Insane asylums in Bengal annual reports 1867-1875 - 1867-1875
Year: 1867
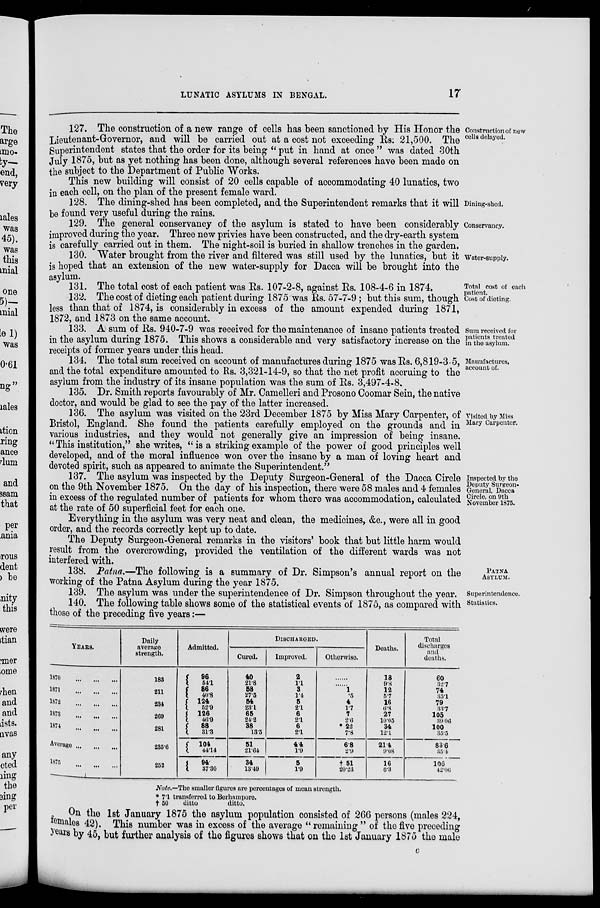
LUNATIC ASYLUMS IN BENGAL.
17
Construction of new
cells delayed.
127. The construction of a new range of cells has been sanctioned by His Honor the
Lieutenant-Governor, and will be carried out at a cost not exceeding Rs. 21,500. The
Superintendent states that the order for its being " put in hand at once " was dated 30th
July 1875, but as yet nothing has been done, although several references have been made on
the subject to the Department of Public Works.
This new building will consist of 20 cells capable of accommodating 40 lunatics, two
in each cell, on the plan of the present female ward.
Dining-shed.
128. The dining-shed has been completed, and the Superintendent remarks that it will
be found very useful during the rains.
Conservancy.
129. The general conservancy of the asylum is stated to have been considerably
improved during the year. Three new privies have been constructed, and the dry-earth system
is carefully carried out in them. The night-soil is buried in shallow trenches in the garden.
Water-supply.
130. Water brought from the river and filtered was still used by the lunatics, but it
is hoped that an extension of the new water-supply for Dacca will be brought into the
asylum.
Total cost of each
patient.
131. The total cost of each patient was Rs. 107-2-8, against Rs. 108-4-6 in 1874.
Cost of dieting.
132. The cost of dieting each patient during 1875 was Rs. 57-7-9; but this sum, though
less than that of 1874, is considerably in excess of the amount expended during 1871,
1872, and 1873 on the same account.
Sum received for
patients treated
in the asylum.
133. A sum of Rs. 940-7-9 was received for the maintenance of insane patients treated
in the asylum during 1875. This shows a considerable and very satisfactory increase on the
receipts of former years under this head.
Manufactures,
account of.
134. The total sum received on account of manufactures during 1875 was Rs. 6,819-3-5,
and the total expenditure amounted to Rs. 3,321-14-9, so that the net profit accruing to the
asylum from the industry of its insane population was the sum of Rs. 3,497-4-8.
135. Dr. Smith reports favourably of Mr. Camelleri and Prosono Coomar Sein, the native
doctor, and would be glad to see the pay of the latter increased.
Visited by Miss
Mary Carpenter.
136. The asylum was visited on the 23rd December 1875 by Miss Mary Carpenter, of
Bristol, England. She found the patients carefully employed on the grounds and in
various industries, and they would not generally give an impression of being insane.
" This institution," she writes, " is a striking example of the power of good principles well
developed, and of the moral influence won over the insane by a man of loving heart and
devoted spirit, such as appeared to animate the Superintendent."
Inspected by the
Deputy Surgeon-
General, Dacca
Circle, on 9th
November 1875.
137. The asylum was inspected by the Deputy Surgeon-General of the Dacca Circle
on the 9th November 1875. On the day of his inspection, there were 58 males and 4 females
in excess of the regulated number of patients for whom there was accommodation, calculated
at the rate of 50 superficial feet for each one.
Everything in the asylum was very neat and clean, the medicines, &c., were all in good
order, and the records correctly kept up to date.
The Deputy Surgeon-General remarks in the visitors' book that but little harm would
result from the overcrowding, provided the ventilation of the different wards was not
interfered with.
PATNA
ASYLUM.
138. Patna.—The following is a summary of Dr. Simpson's annual report on the
working of the Patna Asylum during the year 1875.
Superintendence.
139. The asylum was under the superintendence of Dr. Simpson throughout the year.
Statistics.
140. The following table shows some of the statistical events of 1875, as compared with
those of the preceding five years:—
YEARS.
1870
...
...
...
1871
...
...
...
1872
...
...
...
1873
...
...
...
1874
...
...
...
Average
...
...
...
1875 ... ... ...
Daily
average
strength.
183
211
234
269
281
285.6
252
Admitted.
96
54.1
86
40.8
124
52.9
126
46.9
88
31.3
104
44.14
94.
37.30
DISCHARGED.
Cured.
40
21.8
58
27.5
54
23.1
65
24.2
38
13.5
51
21.64
34
13.49
Improved.
2
1.1
3
1.4
5
2.1
6
2.1
6
2.1
4.4
1.9
5
1.9
Otherwise.
......
......
1
.5
4
1.7
7
2.6
* 22
7.8
6.8
2.9
† 51
20.23
Deaths.
18
9.8
12
5.7
16
6.8
27
10.05
34
12.1
21.4
9.08
16
6.3
Total
discharges
and
deaths.
60
32.7
74
35.1
79
33.7
105
39.06
100
35.5
83.6
35.4
106
42.06
Note.—The smaller figures are percentages of mean strength.
* 7.1 transferred to Berhampore.
† 50
ditto
ditto.
On the 1st January 1875 the asylum population consisted of 266 persons (males 224,
females 42). This number was in excess of the average " remaining " of the five preceding
years by 45, but further analysis of the figures shows that on the 1st January 1875 the male
C